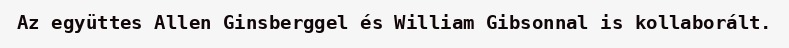
Az együttes Allen Ginsberggel és William Gibsonnal is kollaborált.